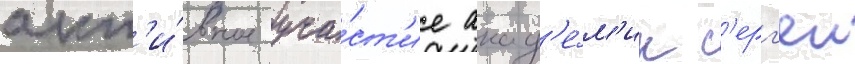
акт'и́вное уча́ст'ие акад'е́м'ик с'ерг'еи